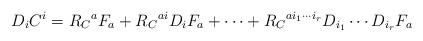
LaTeX: \begin{align*}D_i C^i = R_C{}^{a} F_a + R_C{}^{a i} D_{i}F_a + \cdots + R_C{}^{a i_1\cdots i_r} D_{i_1}\cdots D_{i_r} F_a\end{align*}